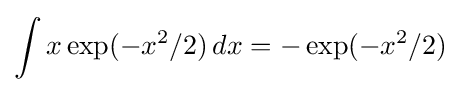
\int x\exp(-x^{2}/2)\,dx=-\exp(-x^{2}/2)